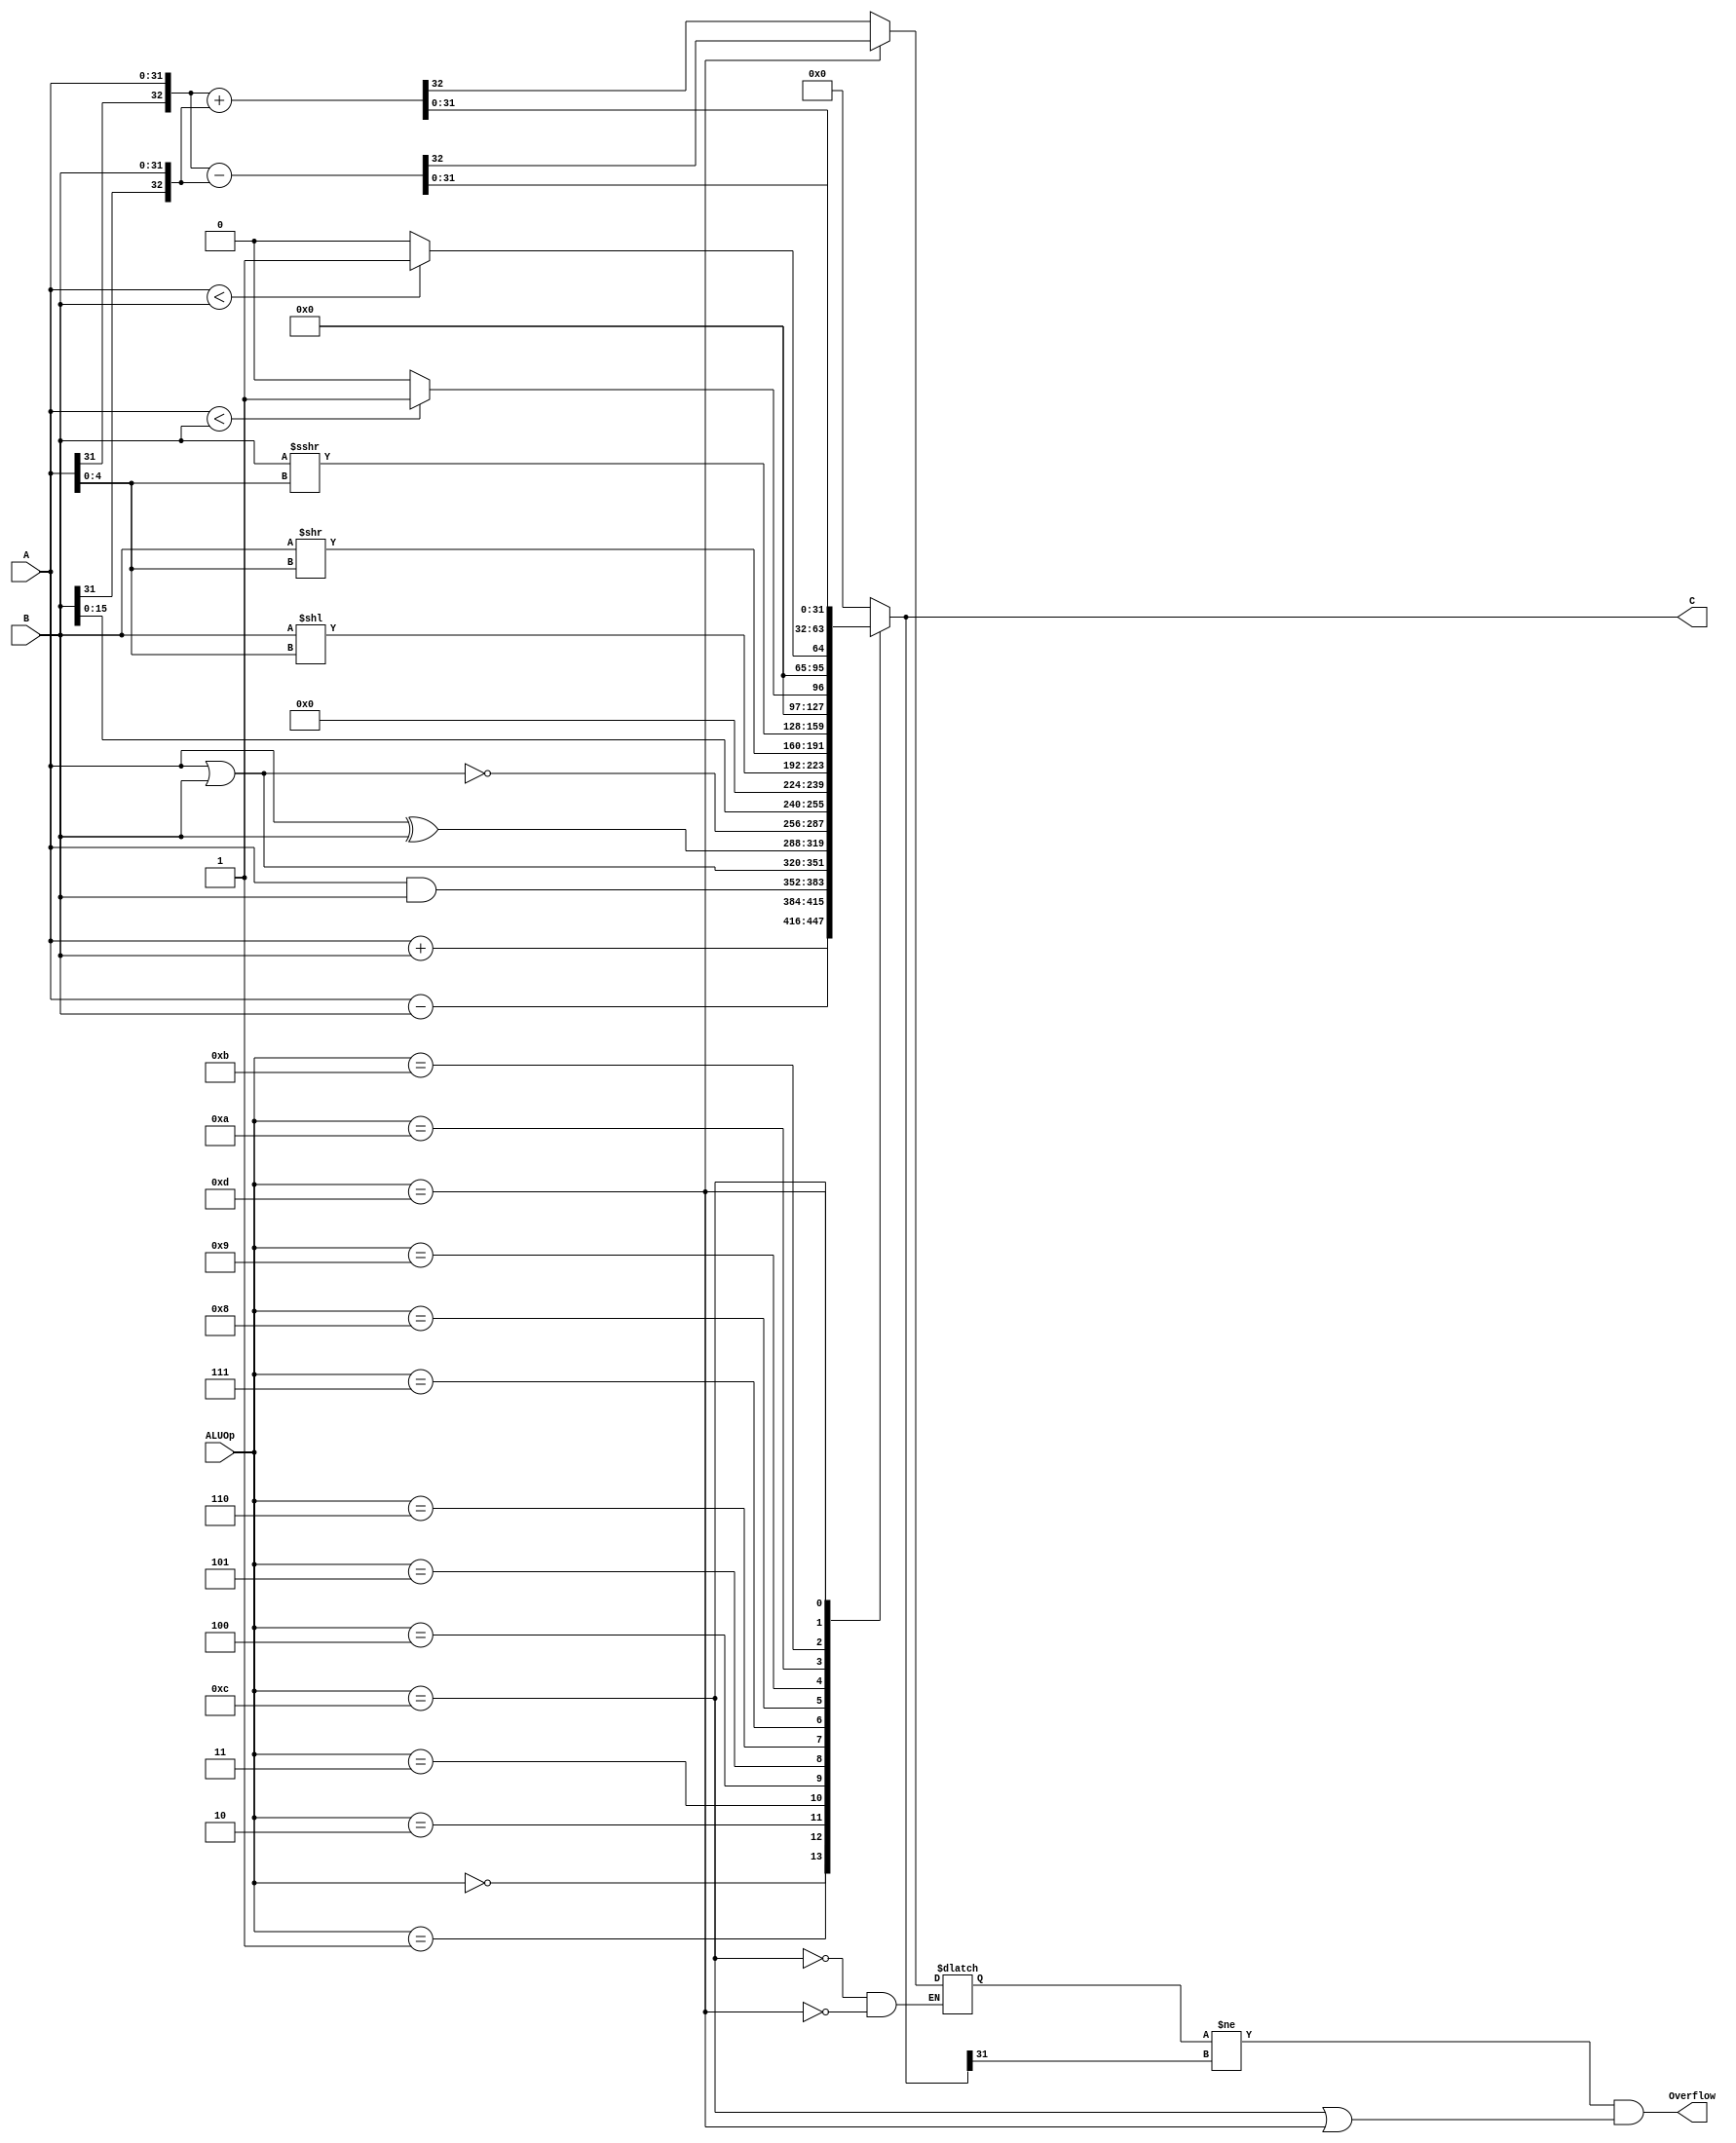
`timescale 1ns / 1ps
`define ALU_ADDU 4'b0000
`define ALU_SUBU 4'b0001
`define ALU_AND  4'b0010
`define ALU_OR   4'b0011
`define ALU_XOR  4'b0100
`define ALU_NOR  4'b0101
`define ALU_LUI  4'b0110
`define ALU_SLL  4'b0111
`define ALU_SRL  4'b1000
`define ALU_SRA  4'b1001
`define ALU_SLT  4'b1010
`define ALU_SLTU 4'b1011
`define ALU_ADD  4'b1100
`define ALU_SUB  4'b1101

//////////////////////////////////////////////////////////////////////////////////
// Company: 
// Engineer: 
// 
// Design Name: 
// Module Name:    alu 
// Project Name: 
// Target Devices: 
// Tool versions: 
// Description: 
//
// Dependencies: 
//
// Revision: 
// Revision 0.01 - File Created
// Additional Comments: 
//
//////////////////////////////////////////////////////////////////////////////////
module alu(
    input [31:0] A,
    input [31:0] B,
    input [3:0] ALUOp,
    output reg [31:0] C,
	 output Overflow
    );
	 
	 reg flag;
	 
	 assign Overflow= flag!=C[31] && (ALUOp==`ALU_ADD || ALUOp==`ALU_SUB);
	 
	 always @(*) begin
		 case(ALUOp)
			`ALU_ADDU: C = A + B;
			`ALU_SUBU: C = A - B;
			`ALU_AND: C = A & B;
			`ALU_OR: C = A | B;
			`ALU_XOR: C = A ^ B;
			`ALU_NOR: C = ~(A | B);
			`ALU_LUI: C = B << 32'd16;
			`ALU_SLL: C = B << A[4:0];
			`ALU_SRL: C = B >> A[4:0];
			`ALU_SRA: C = $signed(B) >>> A[4:0];
			`ALU_SLT: C = $signed(A)<$signed(B) ? 32'b1 : 32'b0;
			`ALU_SLTU: C = A < B ? 32'b1 : 32'b0;
			`ALU_ADD: {flag,C} = {A[31],A} + {B[31],B};
			`ALU_SUB: {flag,C} = {A[31],A} - {B[31],B};
			default: C = 32'b0;
		 endcase
	 end
	 
endmodule